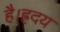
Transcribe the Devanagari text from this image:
है।ह्रदय